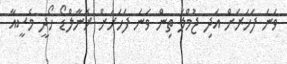
ވަނަ ފަހަރަށް އަދި ޖުމްލަ ތިން ވަނަ ފަހަރަށް ރޮނާލްޑޯ ހޯދީ މެސީއާ